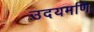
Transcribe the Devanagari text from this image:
उदयमणि